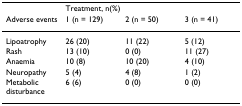
<table><thead><tr><td></td><td colspan="3"><b>Treatment, n(%)</b></td></tr><tr><td><b>Adverse events</b></td><td><b>1 (n = 129)</b></td><td><b>2 (n = 50)</b></td><td><b>3 (n = 41)</b></td></tr></thead><tbody><tr><td>Lipoatrophy</td><td>26 (20)</td><td>11 (22)</td><td>5 (12)</td></tr><tr><td>Rash</td><td>13 (10)</td><td>0 (0)</td><td>11 (27)</td></tr><tr><td>Anaemia</td><td>10 (8)</td><td>10 (20)</td><td>4 (10)</td></tr><tr><td>Neuropathy</td><td>5 (4)</td><td>4 (8)</td><td>1 (2)</td></tr><tr><td>Metabolic disturbance</td><td>6 (6)</td><td>0 (0)</td><td>0 (0)</td></tr></tbody></table>